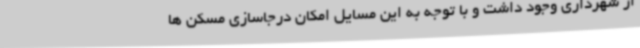
از شهرداری وجود داشت و با توجه به این مسایل امکان درجاسازی مسکن ها